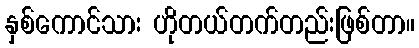
နှစ်ကောင်သား ဟိုတယ်တက်တည်းဖြစ်တာ။